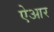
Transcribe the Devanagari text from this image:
ऐआर